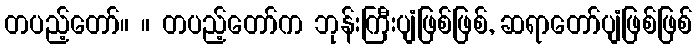
တပည့်တော်။ ။ တပည့်တော်က ဘုန်းကြီးပျံဖြစ်ဖြစ်, ဆရာတော်ပျံဖြစ်ဖြစ်